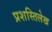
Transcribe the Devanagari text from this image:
प्रशस्तिलेख